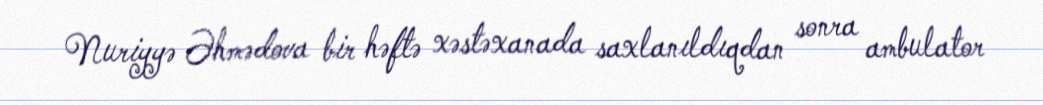
Nuriyyə Əhmədova bir həftə xəstəxanada saxlanıldıqdan sonra ambulator